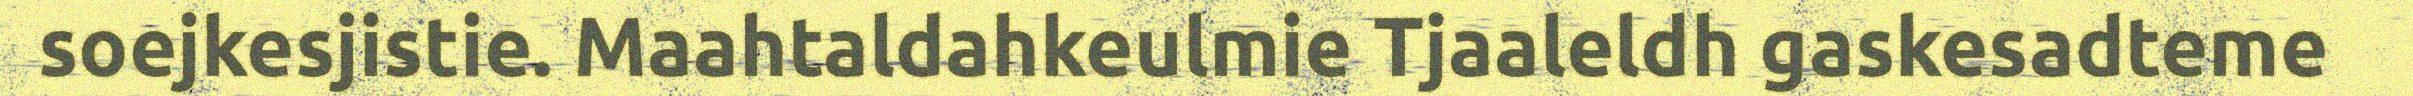
soejkesjistie. Maahtaldahkeulmie Tjaaleldh gaskesadteme